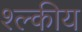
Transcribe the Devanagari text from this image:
श्ल्कीय